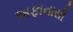
અફાનાસી